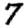
Digit: 7